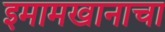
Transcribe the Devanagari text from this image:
इमामखानाचा